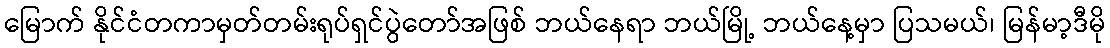
မြောက် နိုင်ငံတကာမှတ်တမ်းရုပ်ရှင်ပွဲတော်အဖြစ် ဘယ်နေရာ ဘယ်မြို့ ဘယ်နေ့မှာ ပြသမယ်၊ မြန်မာ့ဒီမို